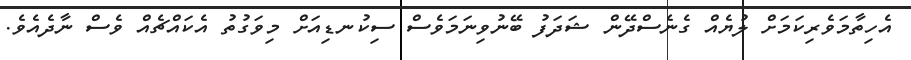
އެހިތާމަވެރިކަމަށް ލުޔެއް ގެނެސްދޭން ޝަދަފު ބޭނުވިނަމަވެސް ސިކުނޑިއަށް މިވަގުތު އެކައްޗެއް ވެސް ނާދެއެވެ.